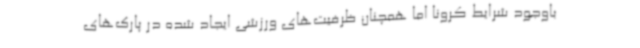
باوجود شرایط کرونا اما همچنان ظرفیت‌های ورزشی ایجاد شده در پارک‌های